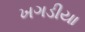
ખગડીયા